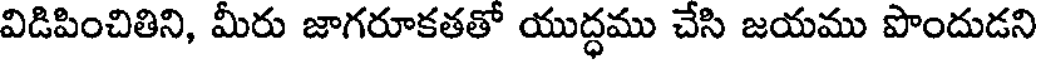
విడిపించితిని, మీరు జాగరూకతతో యుద్ధము చేసి జయము పొందుడని